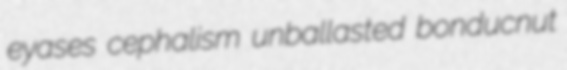
eyases cephalism unballasted bonducnut